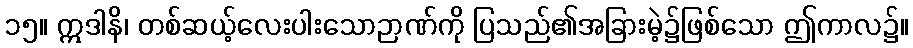
၁၅။ ဣဒါနိ၊ တစ်ဆယ့်လေးပါးသောဉာဏ်ကို ပြသည်၏အခြားမဲ့၌ဖြစ်သော ဤကာလ၌။